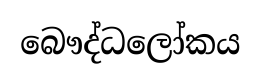
බෞද්ධලෝකය